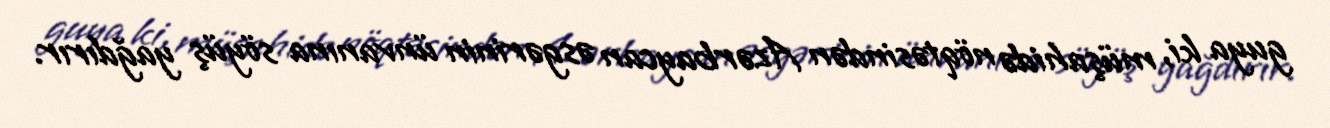
guya ki, müşahidə nöqtəsindən Azərbaycan əsgərinin ünvanına söyüş yağdırır.